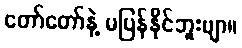
တော်တော်နဲ့ မပြန်နိုင်ဘူးဗျာ။